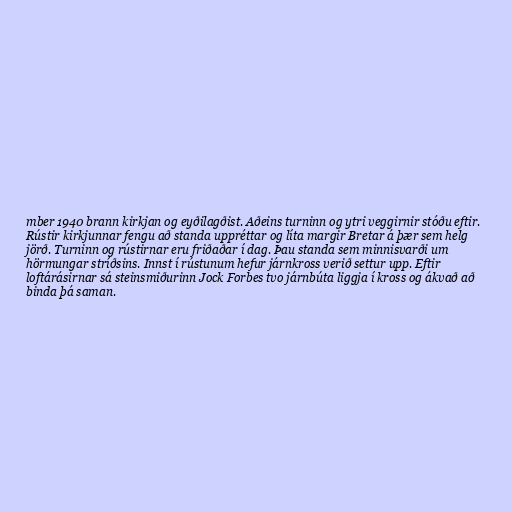
mber 1940 brann kirkjan og eyðilagðist. Aðeins turninn og ytri veggirnir stóðu eftir.
Rústir kirkjunnar fengu að standa uppréttar og líta margir Bretar á þær sem helg
jörð. Turninn og rústirnar eru friðaðar í dag. Þau standa sem minnisvarði um
hörmungar stríðsins. Innst í rústunum hefur járnkross verið settur upp. Eftir
loftárásirnar sá steinsmiðurinn Jock Forbes tvo járnbúta liggja í kross og ákvað að
binda þá saman.